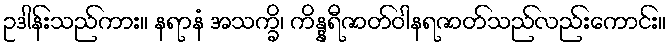
ဥဒါန်းသည်ကား။ နရာနံ အသက္ခိ၊ ကိန္နရီဇာတ်ဝါနရဇာတ်သည်လည်းကောင်း။